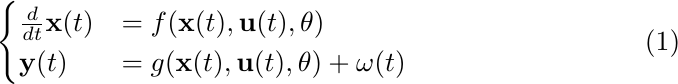
        \begin{align}
            \label{eq:dynsys}
            \begin{cases}
                \frac{d}{dt}\mathbf{x}(t) &= f(\mathbf{x}(t), \mathbf{u}(t), \theta)\\
                \mathbf{y}(t) &= g(\mathbf{x}(t), \mathbf{u}(t), \theta) + \omega(t)
            \end{cases}
        \end{align}